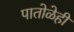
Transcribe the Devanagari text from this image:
पातोळेही